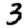
Digit: 3